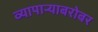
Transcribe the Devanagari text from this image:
व्यापाऱ्याबरोबर